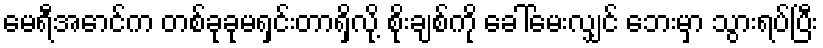
မေရီအောင်က တစ်ခုခုမရှင်းတာရှိလို့ စိုးချစ်ကို ခေါ်မေးလျှင် ဘေးမှာ သွားရပ်ပြီး